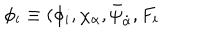
\phi _ { i } \equiv ( \phi _ { i } , \chi _ { \alpha } , \bar { \psi } _ { \dot { \alpha } } , F _ { i }